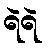
ရဲရဲ